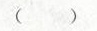
( )